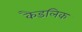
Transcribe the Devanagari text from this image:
कैडलिक